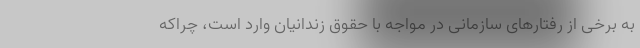
به برخی از رفتارهای سازمانی در مواجه با حقوق زندانیان وارد است، چراکه